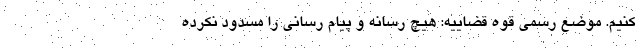
کنیم. موضع رسمی قوه قضاییه: هیچ رسانه و پیام رسانی را مسدود نکرده